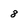
Character: 8